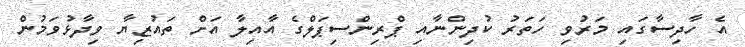
އެ ހާދިސާގައި މަރުވި ހަތަރު ކުދިންނާއި ޕްރިންސިޕަލްގެ އާއިލާ އަށް ތައުޒިޔާ ވިދާޅުވަމުން